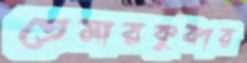
প্রেসারকুকার